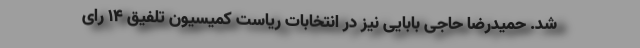
شد. حمیدرضا حاجی بابایی نیز در انتخابات ریاست کمیسیون تلفیق ۱۴ رای